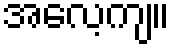
အလေ့ကျ။